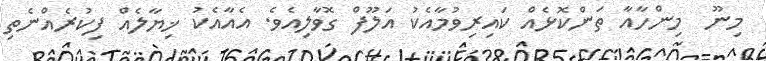
މިނޫ  މިންހާއާ ތަންކޮޅެއް ކައިރިވުމާއެކު އަލޫފް ގޮވާލިއެވެ. އެއާއެކު ޚިޔާލެއް ފިކުރެއްނެތި